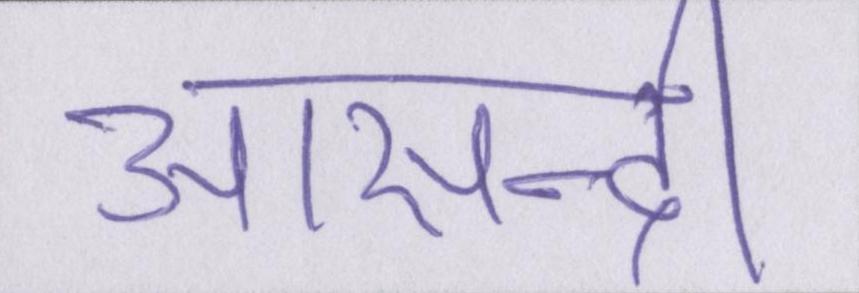
आसन्दी